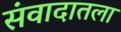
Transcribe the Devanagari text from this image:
संवादातला